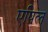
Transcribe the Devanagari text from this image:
एपिल